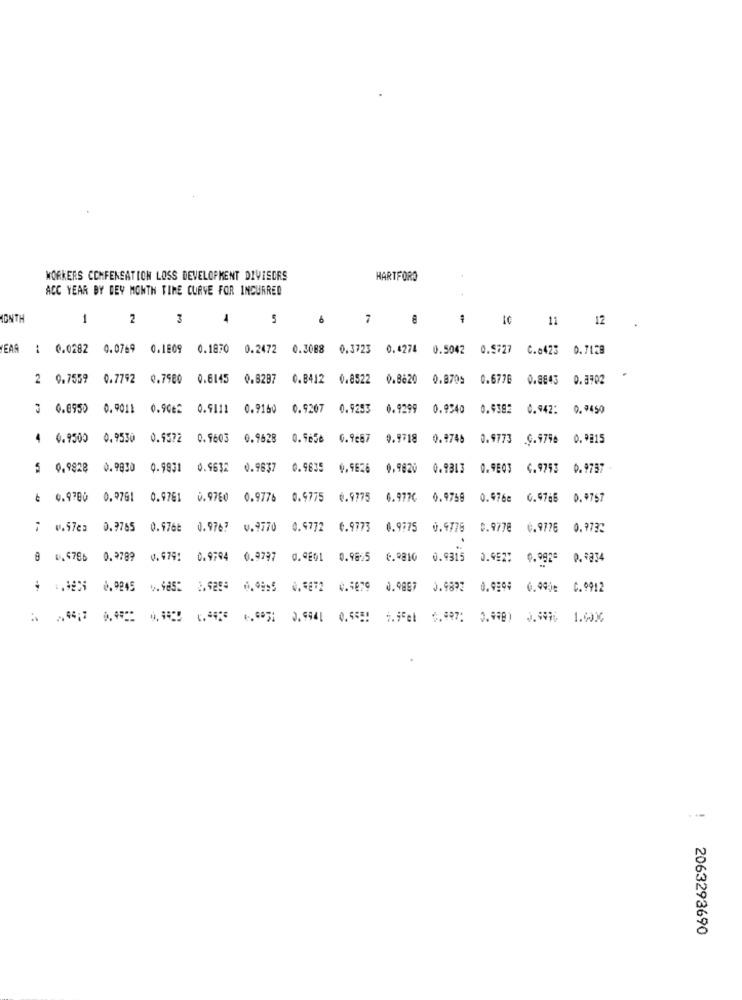
WORKERS COMPENSATION LOSS DEVELOPMENT DIVISORS
HARTFORD
ACC YEAR BY DEY MONTH TIME CURVE FOR INCURRED
MONTH
1
2
3
7
-
IC
11
12
YEAR
: 0.0282 0.0769
0.1809
0.1870
0.2472
0.3088
0.3723
0.4274
0.5042
0.5727
C.6423 0.7128
2 0.7559
0.7792 0.7980
0.6145
0.82B7
0.8412 0.8522
0.8820
0.8705
0.6778
0.8843
0.3902
3 0.0950 0.9011
0.90€2
0.9111
0.9160
0.9207
0.9253
0.9299
0.9340
0.9382
0.942: 0.9450
4
0.9500 0.9550
0.9572
0.9603
0.9628
0.9650
0.9667
0.9718
0.9746
0.9773
G.9796
0.9815
5 0.9828
0.9930
0.9931
0.9632
0.9837
0.9835
0.9E26
0.982V
0.9313
0.9E03
C.9793
0.9757
& 0.9780
0.9761
0.9761 0.9760 0.9776
0.9775
0.9775
6.977C
0.9759
0.976e
6.9766
0.9757
0.9765
0.976e 0.9767
V.9770 0.4772 6.9773 0.9775
0.9776
0.9778
C.9776
0.9732
0.5786
0.9789
0.979: 0.9794 0.9797 0.4001 0.98:5 6.9810 0.9315
0.9577
0.992ª
0.9334
$ -. 3 .924 5 .629 .995 .272 .879 0.9987
0.9893
0.9999 0.99je C.9912
2063293690